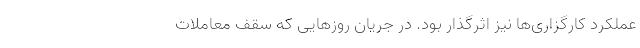
عملکرد کارگزاری‌ها نیز اثرگذار بود. در جریان روزهایی که سقف معاملات